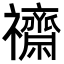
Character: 𮂧